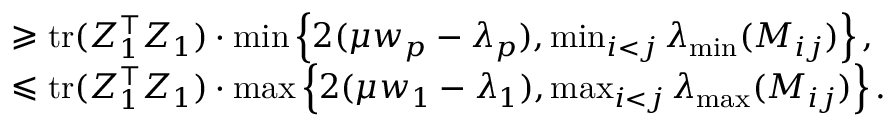
\begin{array} { r l } & { \geqslant \mathrm { t r } ( Z _ { 1 } ^ { \top } Z _ { 1 } ) \cdot \operatorname* { m i n } \left\{ 2 ( \mu w _ { p } - \lambda _ { p } ) , \operatorname* { m i n } _ { i < j } \lambda _ { \operatorname* { m i n } } ( M _ { i j } ) \right\} , } \\ & { \leqslant \mathrm { t r } ( Z _ { 1 } ^ { \top } Z _ { 1 } ) \cdot \operatorname* { m a x } \left\{ 2 ( \mu w _ { 1 } - \lambda _ { 1 } ) , \operatorname* { m a x } _ { i < j } \lambda _ { \operatorname* { m a x } } ( M _ { i j } ) \right\} . } \end{array}